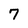
Character: 7